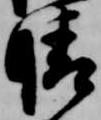
晴